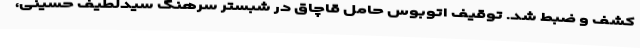
کشف و ضبط شد. توقیف اتوبوس حامل قاچاق در شبستر سرهنگ سیدلطیف حسینی،